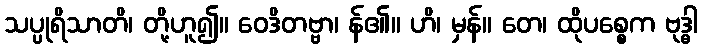
သပ္ပုရိသာတိ၊ တို့ဟူ၍။ ဝေဒိတဗ္ဗာ၊ န်၏။ ဟိ၊ မှန်။ တေ၊ ထိုပစ္စေက ဗုဒ္ဓါ